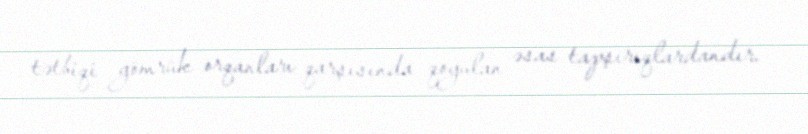
tətbiqi gömrük orqanları qarşısında qoyulan əsas tapşırıqlardandır.